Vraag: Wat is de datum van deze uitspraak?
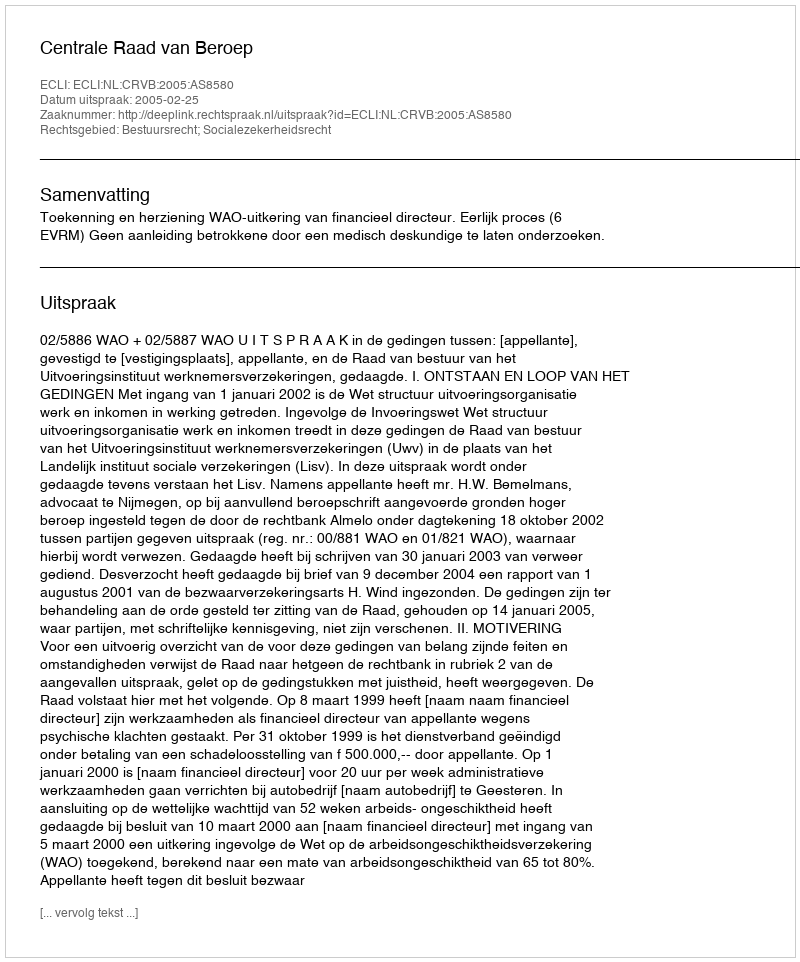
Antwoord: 2005-02-25